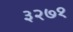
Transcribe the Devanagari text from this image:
३२७१